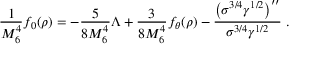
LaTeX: \frac { 1 } { M _ { 6 } ^ { 4 } } f _ { 0 } ( \rho ) = - \frac { 5 } { 8 M _ { 6 } ^ { 4 } } { \Lambda } + \frac { 3 } { 8 M _ { 6 } ^ { 4 } } f _ { \theta } ( \rho ) - \frac { { \left( \sigma ^ { 3 / 4 } \gamma ^ { 1 / 2 } \right) } ^ { \prime \prime } } { \sigma ^ { 3 / 4 } \gamma ^ { 1 / 2 } } \ .